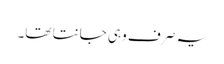
یہ صر ف وہی جانتا تھا۔